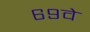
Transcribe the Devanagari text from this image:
६९वे